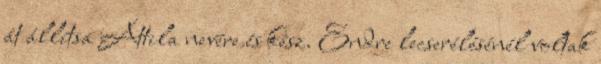
át állítsa Attila nevére és kész. Endre lecserélésénél voltak